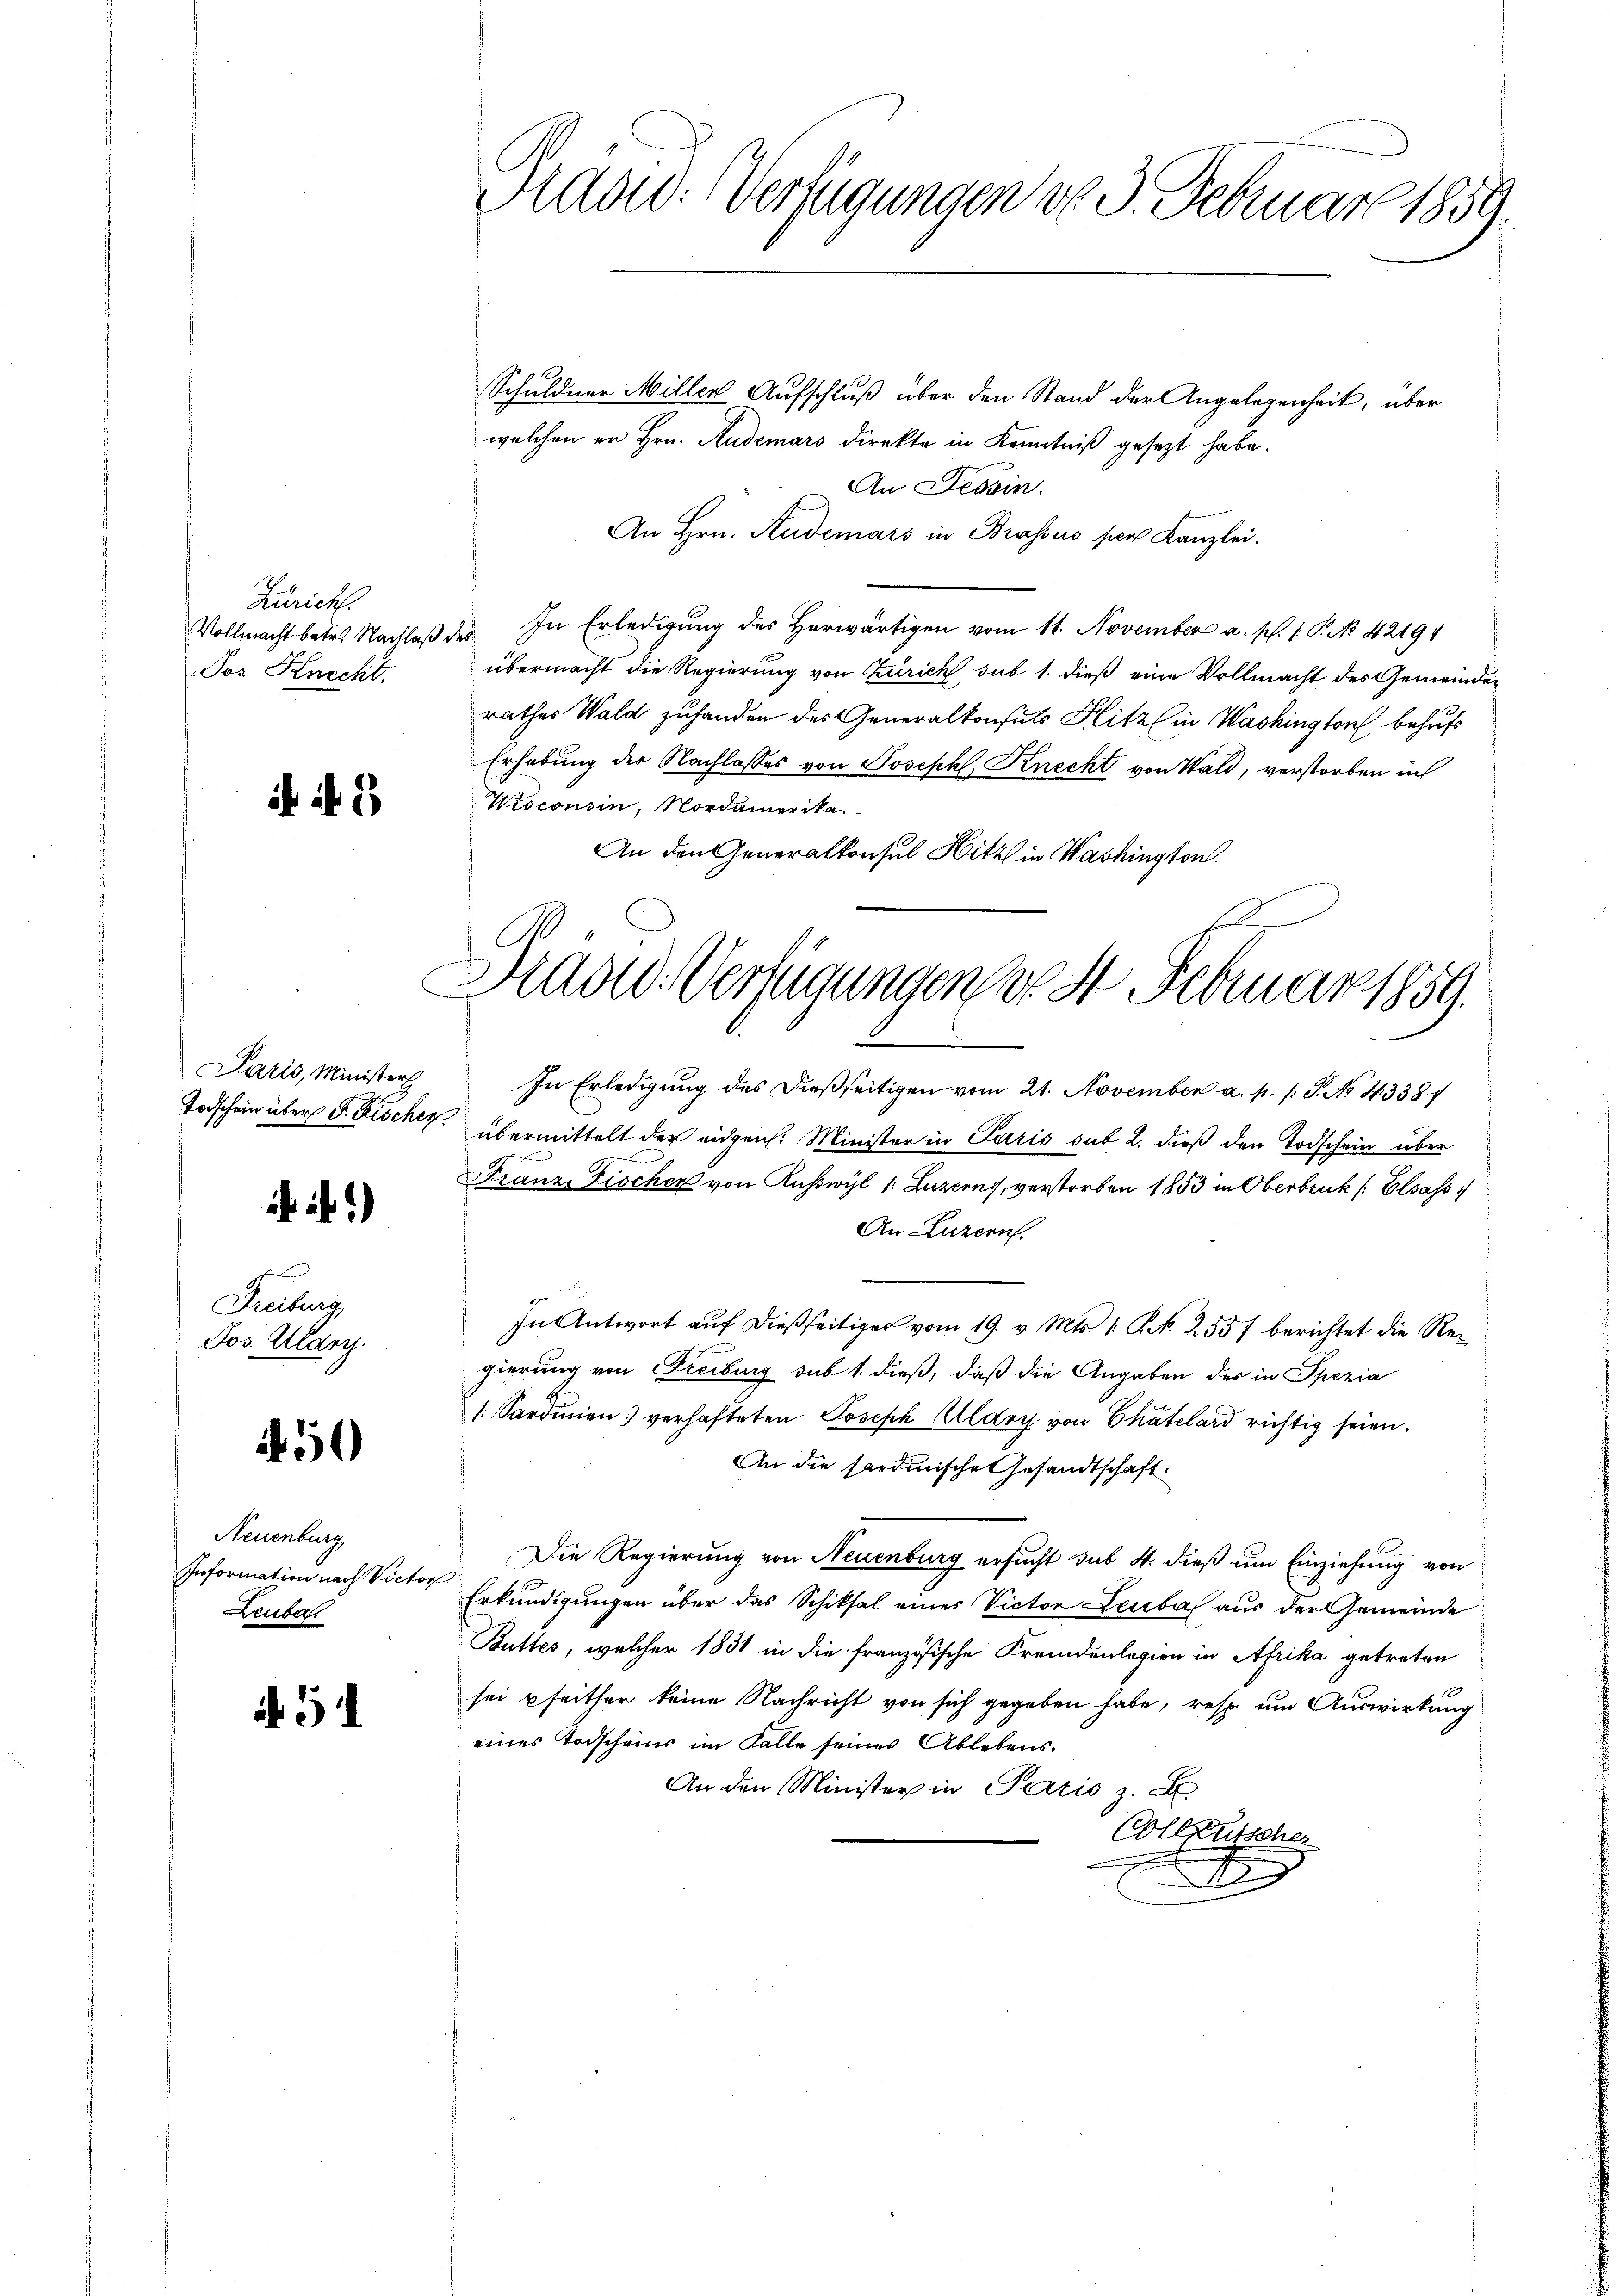
Zürich.
Jos Knecht.

45

Paris, Ministers

Freiburg,
Jos. Ulan.

51)

Neuenburg
Information nach Victor
Leuba

51

Had: Verfügungen d. 3. Februar 1859.

Schuldner Miller Aufschluß über den Stand der Angelegenheit, über
welchen er Hrn. Audemars direkte in Kenntniß gesezt habe.
An Tessin.
An Hrn. Rudemars in Brassus per Kanzlei.
Vollmacht betr. Nachlaβ des In Erledigung des herwärtigen vom 11. November a. p. 1. P. No 42191
übermacht die Regierung von Zürich, sub 1. dieß eine Vollmacht des Gemeinder
rathes Wald zuhanden des Generalkonsuls Hitz in Washington behufs
Erhebung der Nachlasses von Joseph, Knecht von Wald, verstorben in
Wisconsin, Nordamerika.
An den Generalkonsul Hitz in Washington

Dradd. Verfügungen, wo St. Februar 1859.

In Erledigung des dießseitigen vom 21. November a. p. /: P. No 43381
Todschein über d. Fischer, übermittelt der eidgen. Minister in Paris sub 2. dieß den Todschein über
Franz Fischer von Ruswyl 1: Luzerns, verstorben 1853 in Oberbruck ( Elsass
An Luzern.

In Antwort auf dießseitiges vom 19. v. Mts. 1. P. Nr. 255 f berichtet die Regierung von Freiburg sub 1. dieß, daß die Angaben des in Spezia
[Sardinien verhafteten Joseph Aldry von Chatelard richtig seien.
An die sardinische Gesandtschaft.
Die Regierung von Neuenburg ersucht sub 4. dieß um Einziehung von
Erkundigungen über das Schiksal eines Victor Leuba aus der Gemeinde
Butter, welcher 1831 in die französische Fremdenlegion in Afrika getreten
sei seither keine Nachricht von sich gegeben habe, resp. um Auswirkung
eines Todscheins im Falle seines Ablebens¬
An den Minister in Paris z. B.
Collkutscher
r